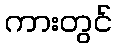
ကားတွင်